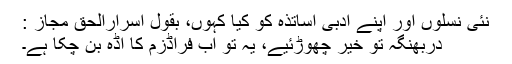
نئی نسلوں اور اپنے ادبی اساتذہ کو کیا کہوں، بقول اسرارالحق مجازؔ :
دربھنگہ تو خیر چھوڑئیے، یہ تو اب فراڈزم کا اڈہ بن چکا ہے۔